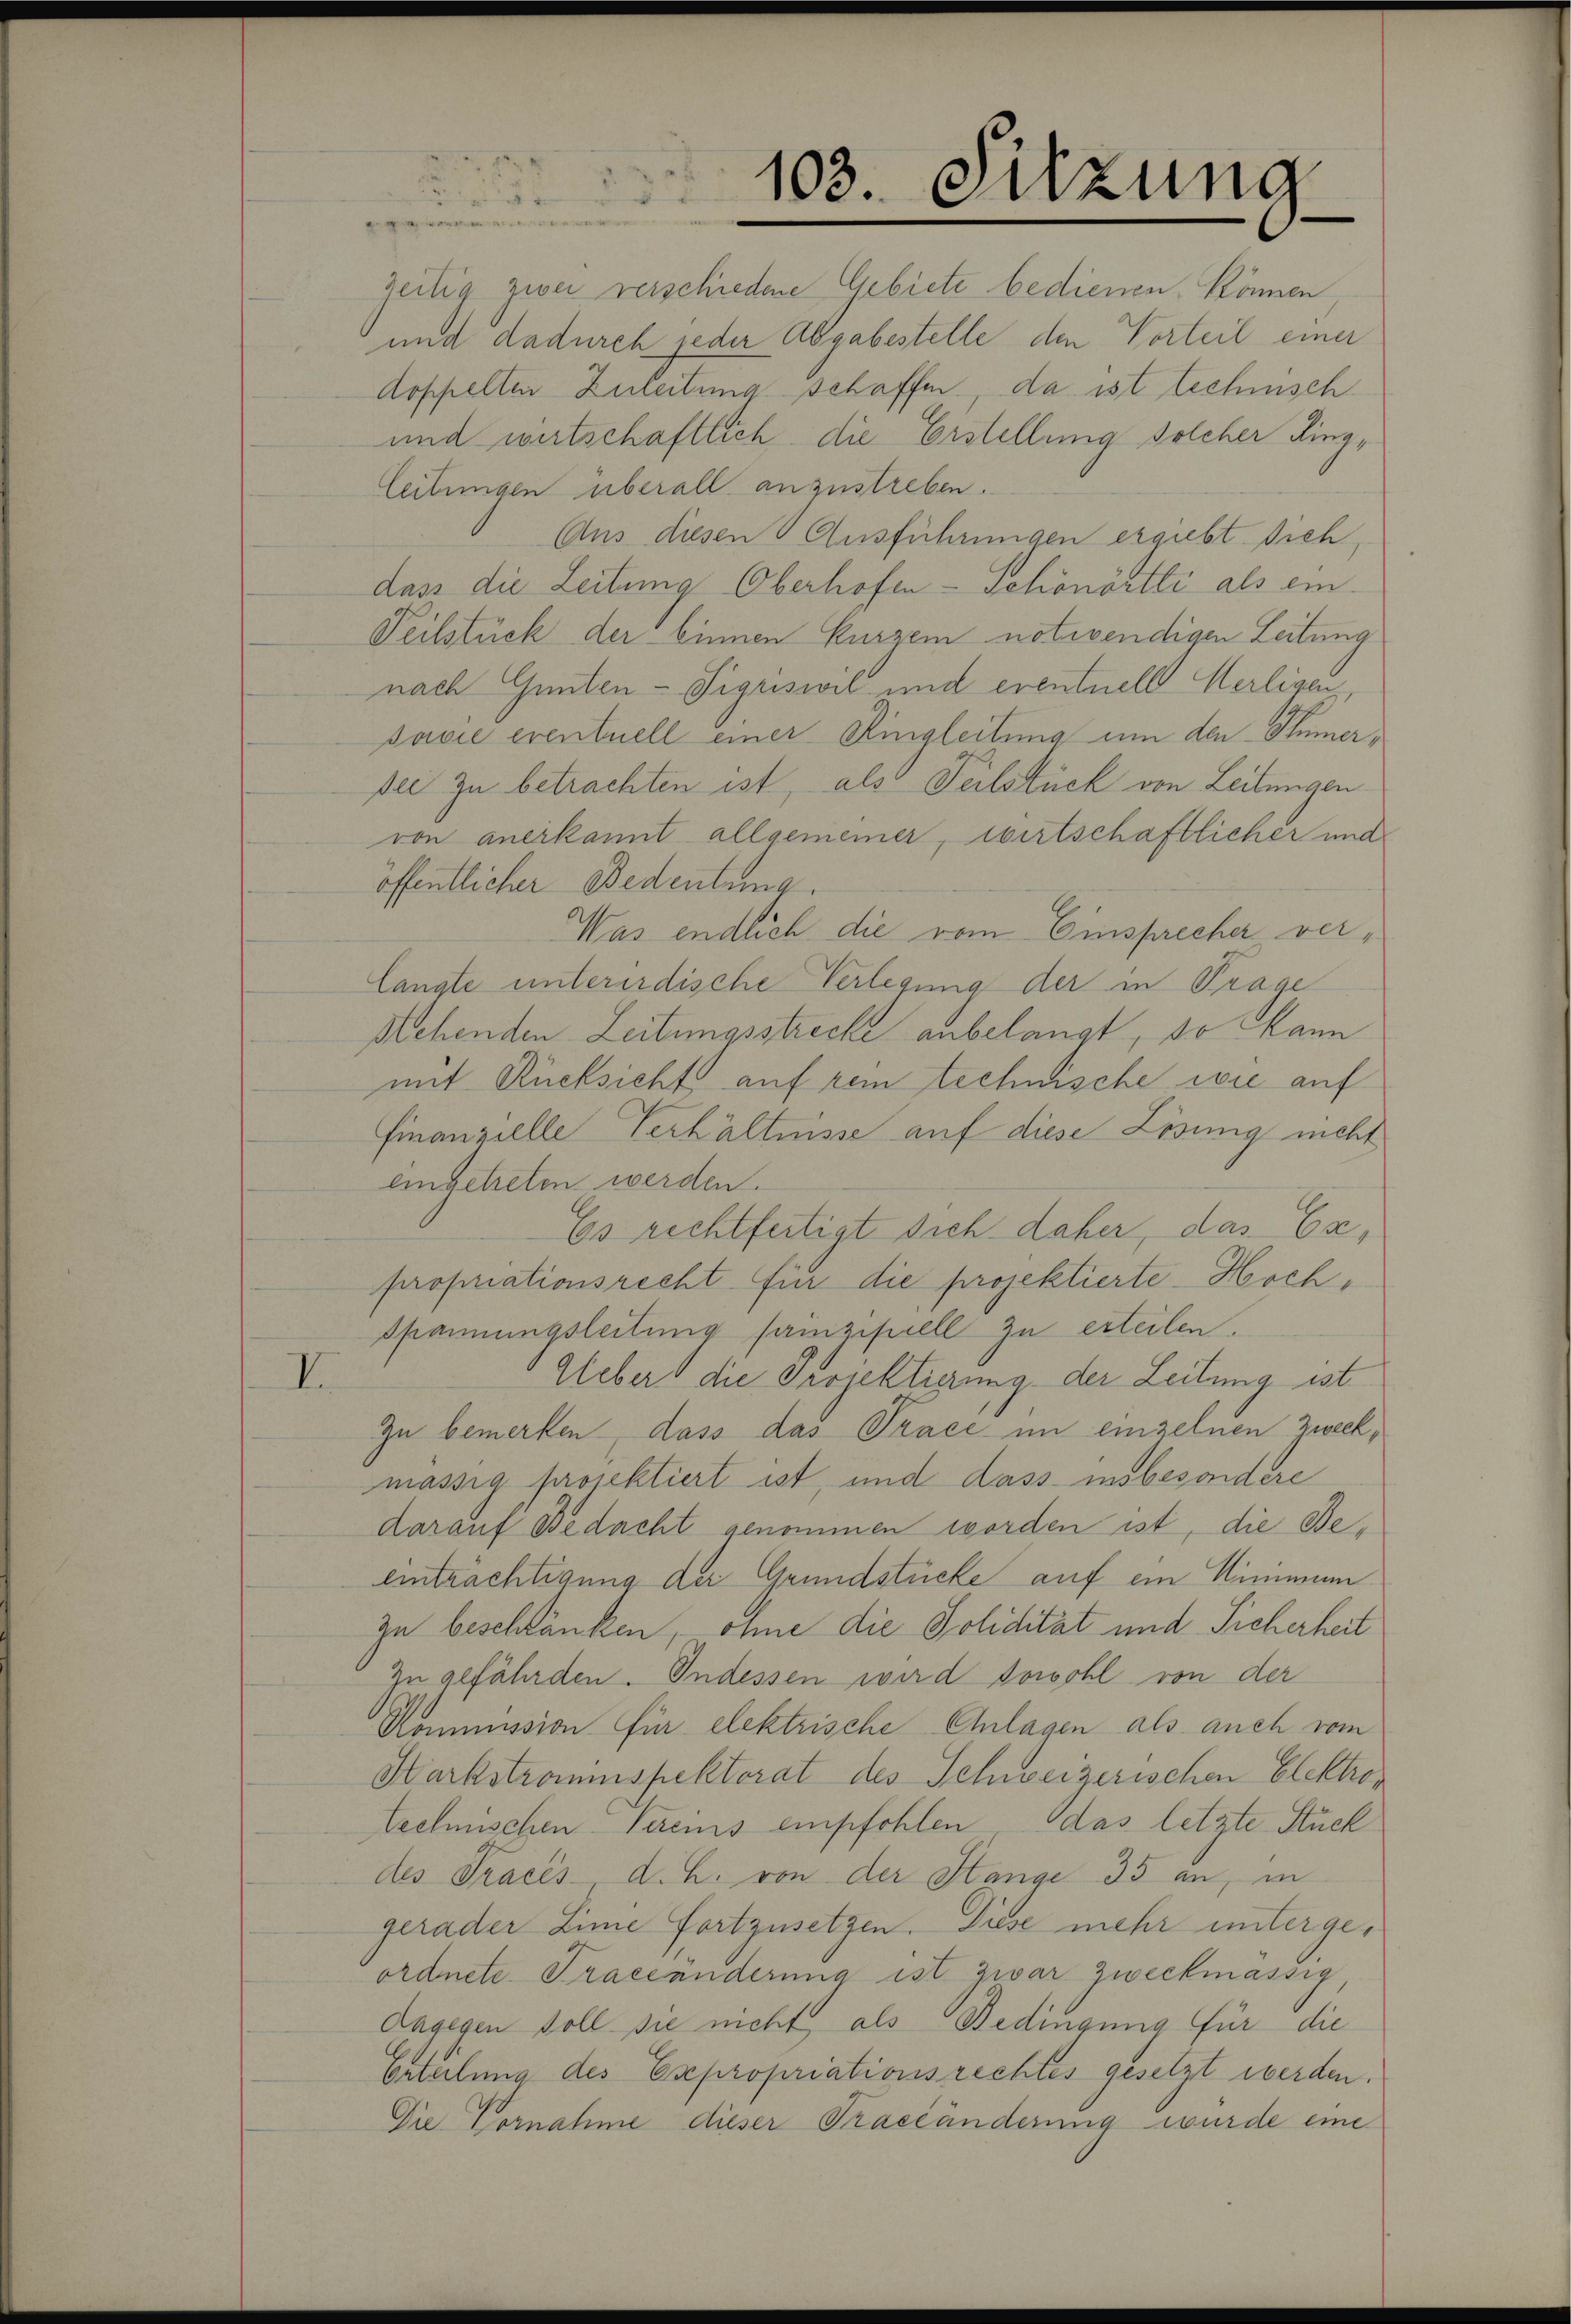
V.

103. Sitzung

Zeitig river verschiedene Gebiete bedienen. Können
und dadurch jeder Abgabestelle den Vorteil einer
doppelle Zuleitung schaffen, da ist technisch
und wirtschaftlich die Erstellung solcher Ringleitungen überall anzustreben.
Aus diesen Ausführungen ergiebt sich,
dass die Zeitung Oberhofen-Schönortli als ein
Teilstück der binnen Kurzem notwendigen Leitung
nach Gunten-Sigriswil und eventuell Herligen,
savie eventuell einer Ringleitung um den Stümersee zu betrachten ist, als Teilstück von Leitungen
von anerkannt allgemeiner, wirtschaftlicher und
öffentlicher Bedeutung.
Was endlich die vom Einsprecher verlangte unterirdische Verlegung der in Trage
Mehenden Leitungsstrecke anbelangt, so kann
mit Rücksicht auf zem technische wie auf
Finanzielle Verhältnisse auf diese Lösung nicht
eingetreten werden.
Es rechtfertigt sich daher, das Exprofnationsrecht für die projektierte Hoch¬
Spannungsleitung samzipiell zu erteilen.
Ueber die Projektierung der Leitung ist.
Zu bemerken, dass das Trace in einzelnen Zweckmässig projektiert ist, und dass insbesondere
darauf Bedacht genommen worden ist, die Beeinträchtigung der Grundstücke auf ein Minimum
zu beschlänken, ohne die Polidität und Sicherheit
Zu gefährden. Indessen wird sowohl von der
Kommission für elektrische Anlagen als auch vom
Karkstromspektorat des Schweizerischen Elektrotechnischen Vereins empfohlen das letzte Stück
des Tracés, d. h. von der Stange 35 an, in
gerader Linie fortzusetzen. Diese mehr untergeordnete Traceanderung ist zwar zweckmässig,
Dagegen soll sie nicht, als Bedingung für die
Erteilung des Expropriationsrechtes gesetzt werden.
Die Vornahme dieser Traseanderung wurde eine